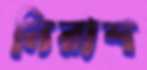
নিরাশ